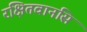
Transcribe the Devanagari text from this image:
रक्षितवानसि